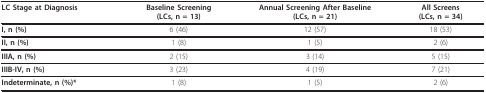
<table><thead><tr><td><b>LC Stage at Diagnosis</b></td><td><b>Baseline Screening(LCs, n = 13)</b></td><td><b>Annual Screening After Baseline(LCs, n = 21)</b></td><td><b>All Screens(LCs, n = 34)</b></td></tr></thead><tbody><tr><td><b>I, n (%)</b></td><td>6 (46)</td><td>12 (57)</td><td>18 (53)</td></tr><tr><td><b>II, n (%)</b></td><td>1 (8)</td><td>1 (5)</td><td>2 (6)</td></tr><tr><td><b>IIIA, n (%)</b></td><td>2 (15)</td><td>3 (14)</td><td>5 (15)</td></tr><tr><td><b>IIIB-IV, n (%)</b></td><td>3 (23)</td><td>4 (19)</td><td>7 (21)</td></tr><tr><td><b>Indeterminate, n (%)*</b></td><td>1 (8)</td><td>1 (5)</td><td>2 (6)</td></tr></tbody></table>